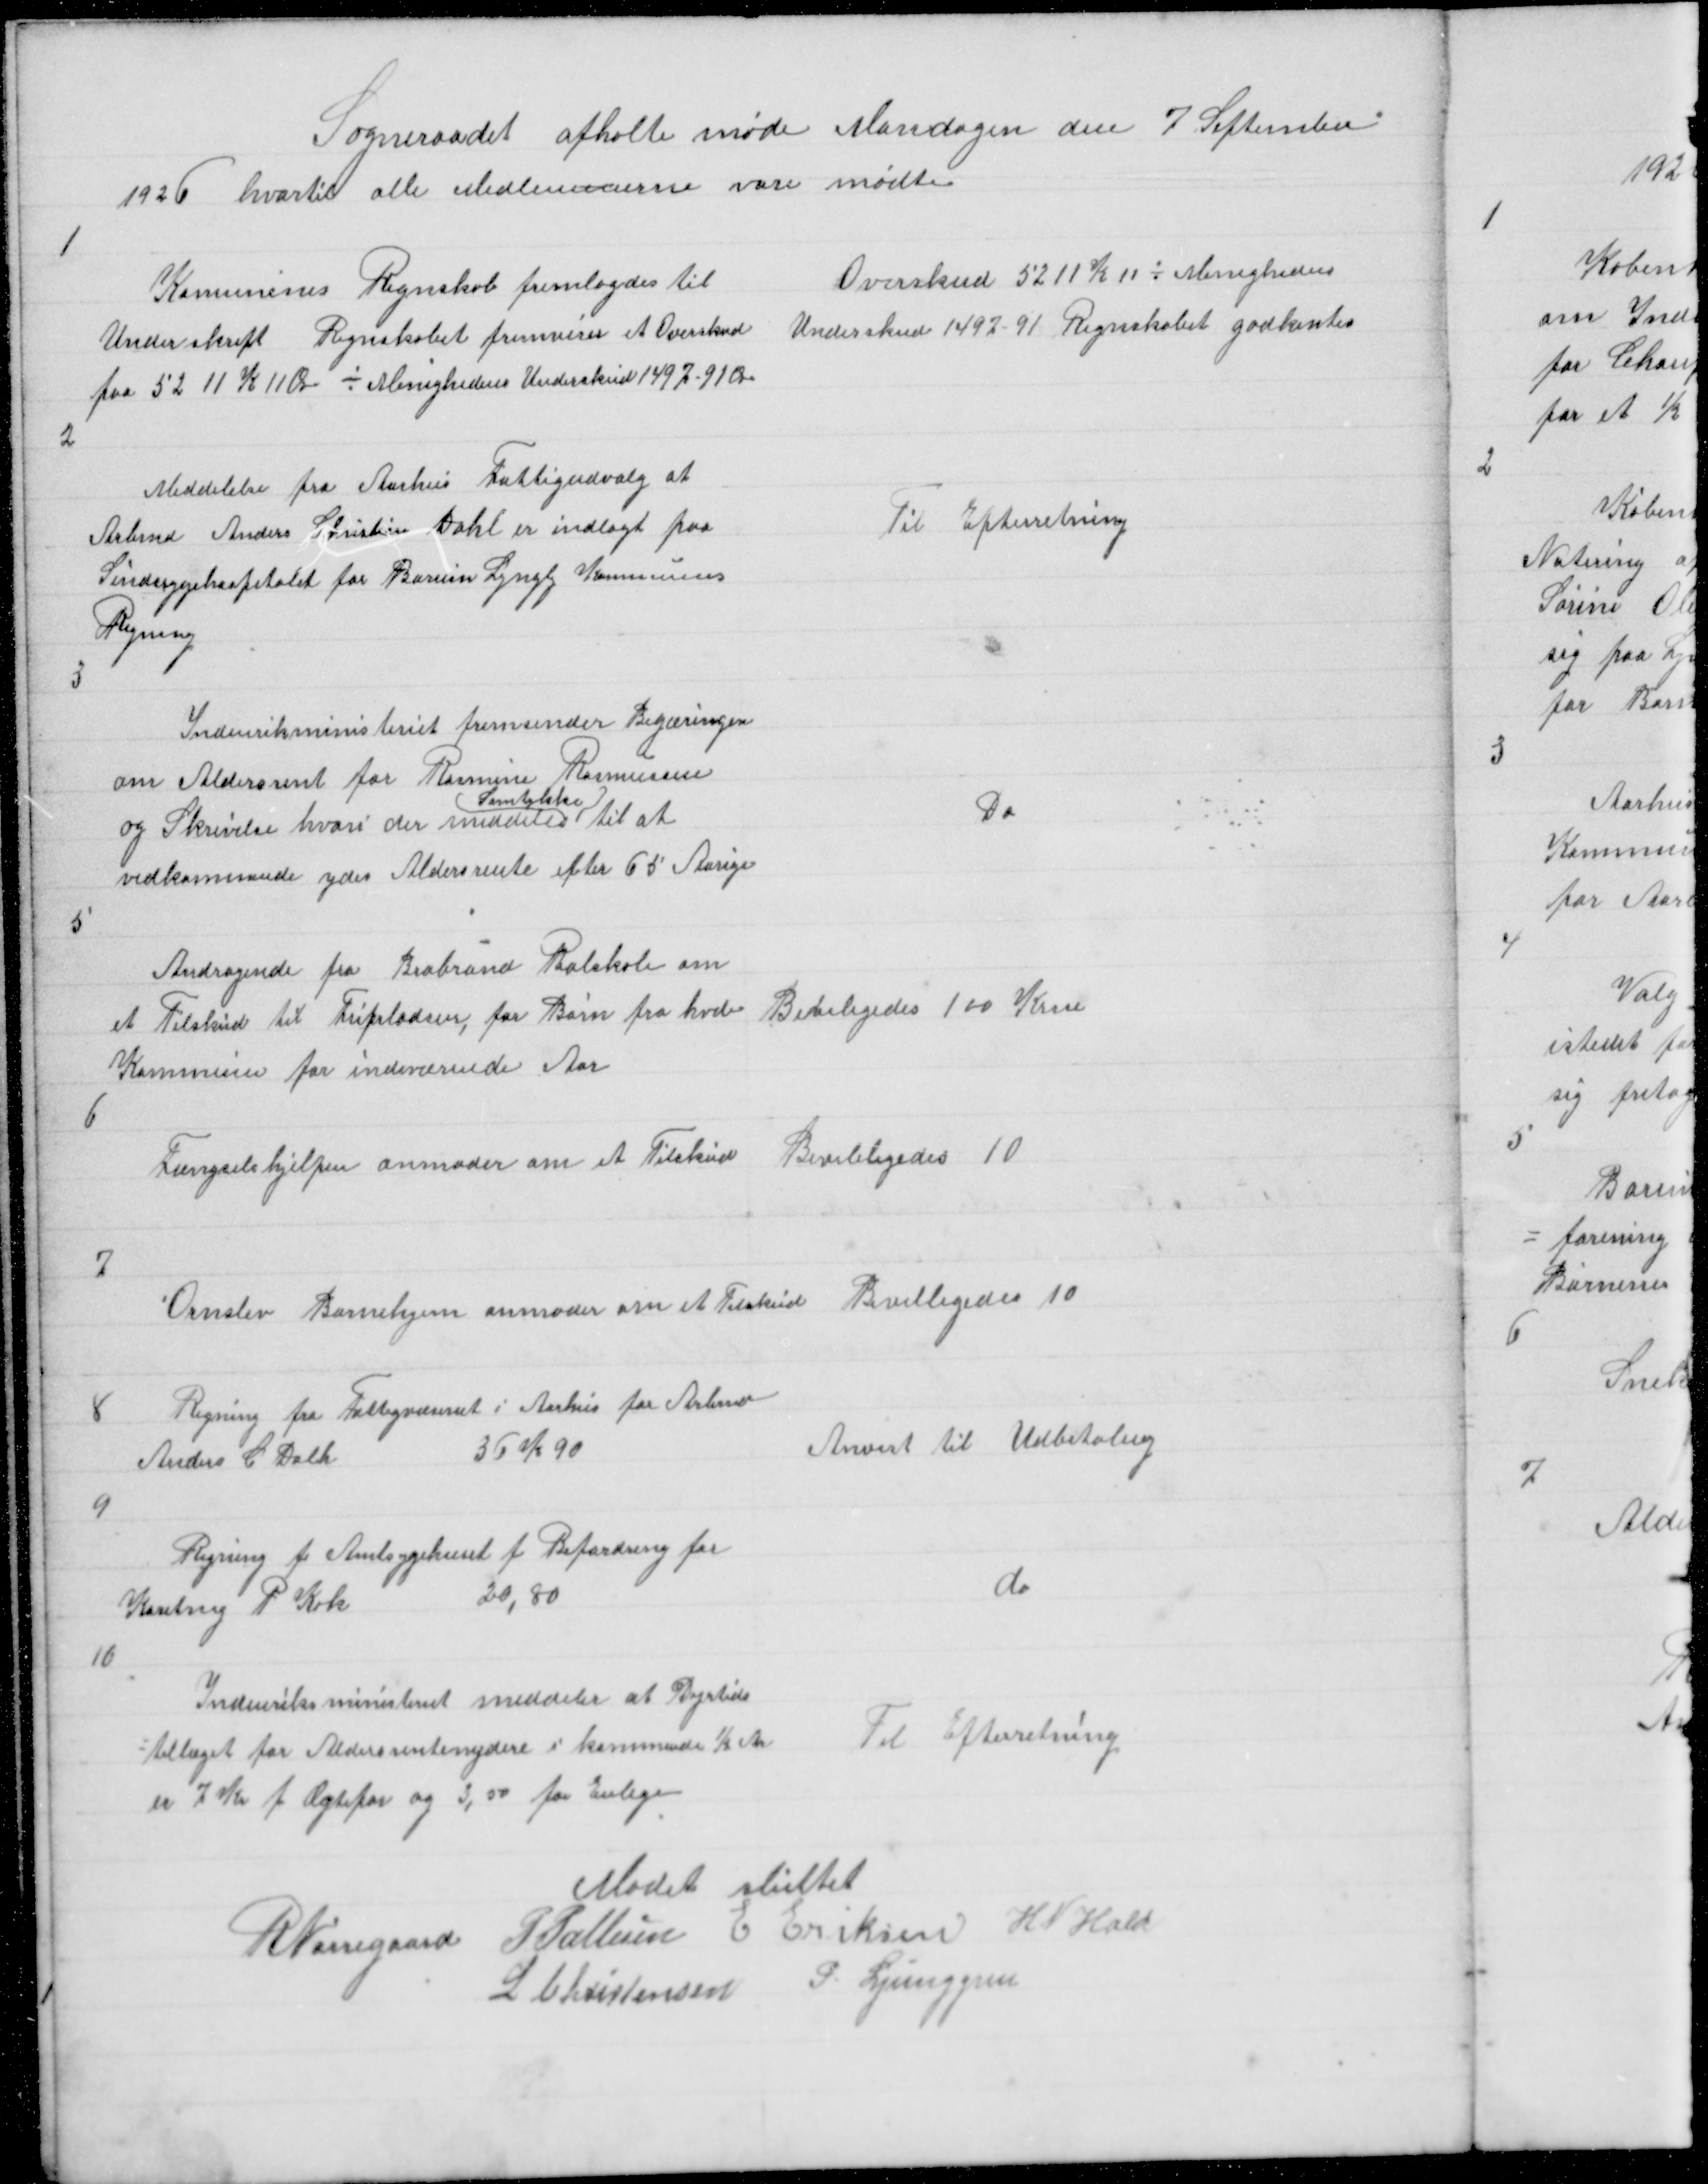
Transskription:
Sogneraadet afholte Møde Mandagen den 7 September
1926 hvortil alle Medlemmerne vare mødte

1

Kommunens Regnskab fremlagdes til
Underkrift Regnskabet fremviser et Overskud
paa 5211 K 11 Øre - Menighedens Underskud 1497 - 91 Øre

Overskud 5211 Kr 11 - Menighedens
Underskud 1497 - 91 Regnskabet godkentes

2

Meddelelse fra Aarhus Fattigudvalg at
Arbmd Anders Christian Dahl er indlagt paa
Sindsygehospitalet for Borum Lyngby Kommunes
Regning

Til Efterretning

3

Indenriksministeriet fremsender Begæring
om Aldersrent for Rasmine Rasmussen
(Samtykke)
og Skrivelse hvori der meddeles til at
vedkommende ydes Aldersrente efter 65 Aarige

Do

5

Andragende fra Brabrand Realskole om
et Tilskud til Fripladser, for Børn fra hvd
Kommune for indeværende Aar

Beviligedes 100 Krne

6

Fængselshjelpen anmoder om et Tilskud

Bevileligedes 10

7

Ornslev Børnehjem anmoder om et Tilskud

Bevilligedes 10

8

Regning fra Fattigvæsenet i Aarhus for Arbmd
Anders C Dahl
36 K 90

Anvist til Udbetaling

9

Regning fr Amtsygehuset for Befordring for
Karetmg P Kok
20,80

do

10

Indenriksministeriet meddeler at Dyrtids
= tillæget for Aldersrentenydere i kommende ½ Aar
er 7 Kr f Ægtepar og 3,50 for Enlige

Til Efterretning

Mødet sluttet
R Nørregaard P Pallesen E Eriksen H N Hald
L Christensen P Ljunggren